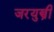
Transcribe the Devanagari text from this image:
जरयुस्त्री